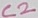
Text: C2